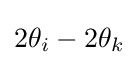
2\theta _{i}-2\theta _{k}